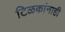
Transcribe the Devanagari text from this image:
टिळकांनाही